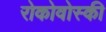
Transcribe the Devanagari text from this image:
रोकोवोस्की